Indian journal of veterinary science and animal husbandry - Volume 8,
Year: 1938
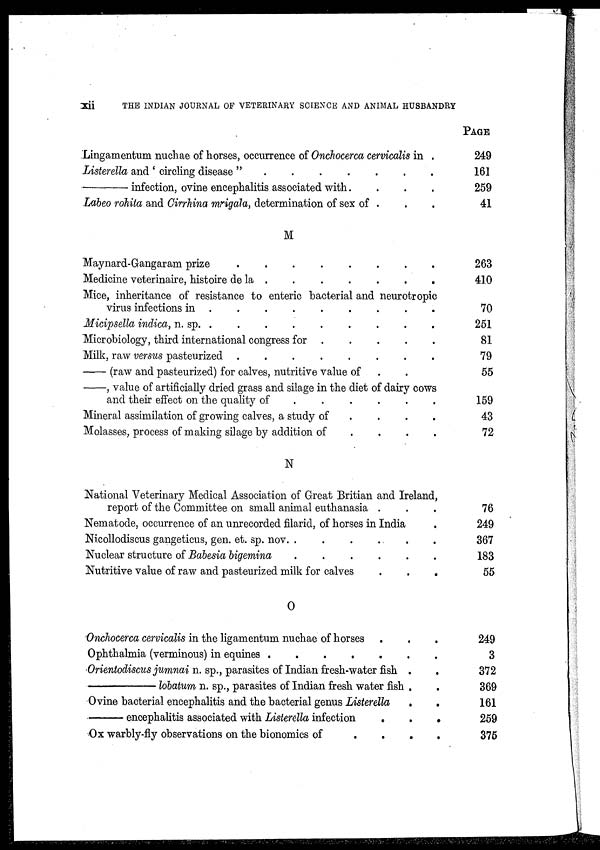
xii
THE INDIAN JOURNAL OF VETERINARY SCIENCE AND ANIMAL HUSBANDRY
Lingamentum nuchae of horses, occurrence of Onchocerca cervicalis in .
Listerella and ' circling disease "
.
.
.
.
.
.
.
—infection,
ovine encephalitis associated with .
.
.
.
Labeo rohita and Cirrhina mrigala, determination of sex of . . .
M
Maynard-Gangaram prize . . . . . . .
Medicine veterinaire, histoire de la
.
.
.
.
.
.
.
Mice, inheritance of resistance to enteric bacterial and neurotropic
virus infections in . . . . . . .
Micipsella indica, n. sp. . . . . . . . .
Microbiology, third international congress for . . . . . . .
Milk, raw versus pasteurized .
.
.
.
.
.
.
.
—(raw and pasteurized) for calves, nutritive value of . .
—, value of artificially dried grass and silage in the diet of dairy cows
and their effect on the quality of
.
.
.
.
.
Mineral assimilation of growing calves, a study of
.
.
.
.
Molasses, process of making silage by addition of
.
.
.
.
N
National Veterinary Medical Association of Great Britian and Ireland,
report of the Committee on small animal euthanasia . . .
Nematode, occurrence of an unrecorded filarid, of horses in India .
Nicollodiscus gangeticus, gen. et. sp. nov . . . . . . .
Nuclear structure of Babesia bigemina .
.
.
.
.
.
Nutritive value of raw and pasteurized milk for calves
.
.
.
O
Onchocerca cervicalis in the ligamentum nuchae of horses . . .
Ophthalmia (verminous) in equines .
.
.
.
.
.
.
Orientodiscus jumnai n. sp., parasites of Indian fresh-water fish .
.
—lobatum n. sp., parasites of Indian fresh water fish . .
Ovine bacterial encephalitis and the bacterial genus Listerella .
.
—encephalitis
associated with Listerella infection
.
.
.
Ox warbly-fly observations on the bionomics of
.
.
.
.
PAGE
249
161
259
41
263
410
70
251
81
79
55
159
43
72
76
249
367
183
55
249
3
372
369
161
259
375